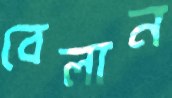
বেলান